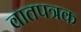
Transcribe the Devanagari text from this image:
वातपत्रक